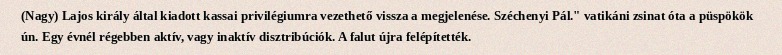
(Nagy) Lajos király által kiadott kassai privilégiumra vezethető vissza a megjelenése. Széchenyi Pál." vatikáni zsinat óta a püspökök ún. Egy évnél régebben aktív, vagy inaktív disztribúciók. A falut újra felépítették.